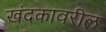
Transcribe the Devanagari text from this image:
खंदकावरील